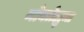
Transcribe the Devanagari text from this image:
मोक्तेझुमा